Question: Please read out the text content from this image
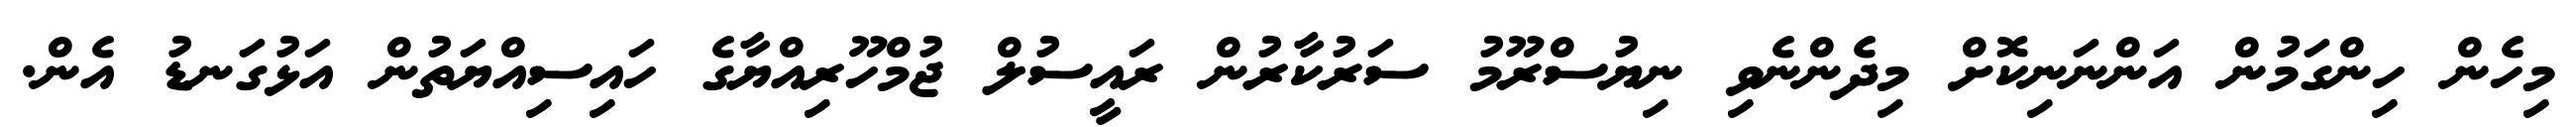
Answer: މިހެން ހިންގަމުން އަންނަނިކޮށް މިދެންނެވި ނިޔުސްރޫމު ސަރުކާރުން ރައީސުލް ޖުމްހޫރިއްޔާގެ ހައިސިއްޔަތުން އަޅުގަނޑު އެން.